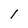
Character: 1